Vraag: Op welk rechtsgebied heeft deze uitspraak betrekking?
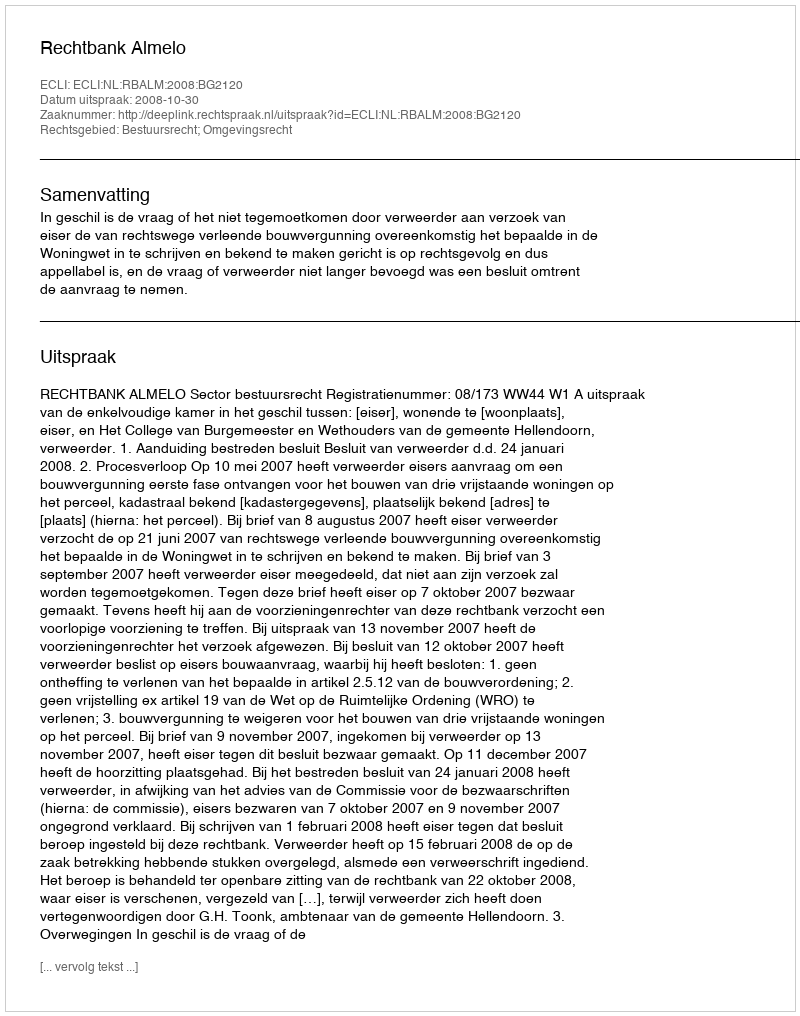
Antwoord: Bestuursrecht; Omgevingsrecht